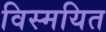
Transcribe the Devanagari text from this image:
विस्मयित